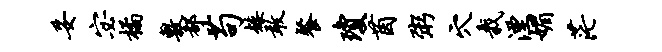
妥宓橘敷都苟矮敢餐琼茵粥穴栽湮媚茫